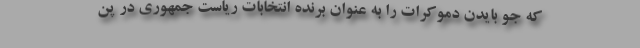
که جو بایدن دموکرات را به عنوان برنده انتخابات ریاست جمهوری در پن